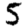
Digit: 5